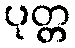
ပုတ္တ